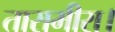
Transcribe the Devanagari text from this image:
तारामीरा।